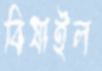
বিষাইল